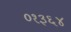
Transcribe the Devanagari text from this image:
०१३६४